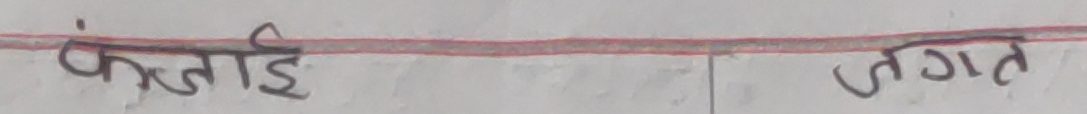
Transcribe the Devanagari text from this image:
फंजाई जगत